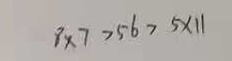
8 \times 7 > 5 6 > 5 \times 1 1